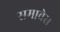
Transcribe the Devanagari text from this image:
समावेस